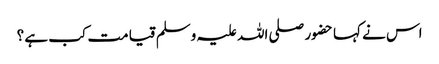
اس نے کہا حضور صلی اللہ علیہ وسلم قیامت کب ہے ؟